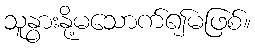
သူနွားနို့မသောက်၍မဖြစ်။